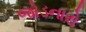
જોડનારો